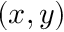
( x , y )